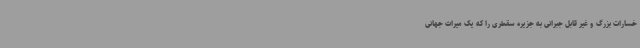
خسارات بزرگ و غیر قابل جبرانی به جزیره سقطری را که یک میراث جهانی